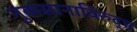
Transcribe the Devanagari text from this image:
नुकसानाविरुद्ध